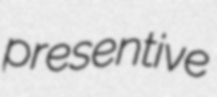
presentive